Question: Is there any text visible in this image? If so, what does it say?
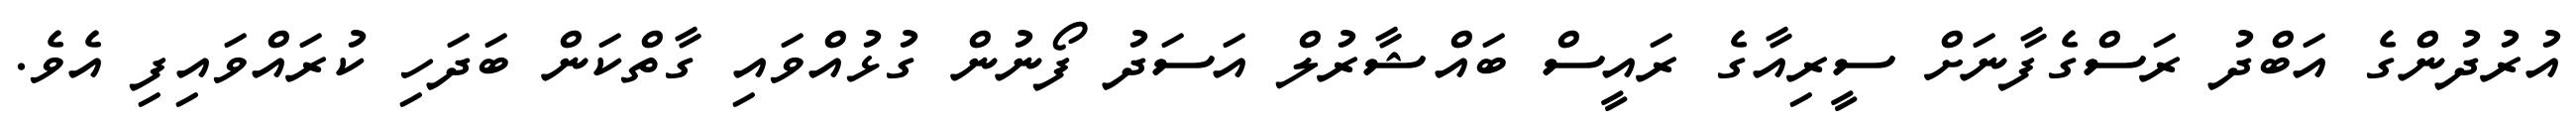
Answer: އުރުދުންގެ އަބްދު ރަސްގެފާނަށް ސީރިއާގެ ރައީސް ބައްޝާރުލް އަސަދު ފޯނުން ގުޅުއްވައި ގާތްކަން ބަދަހި ކުރައްވައިފި އެވެ.